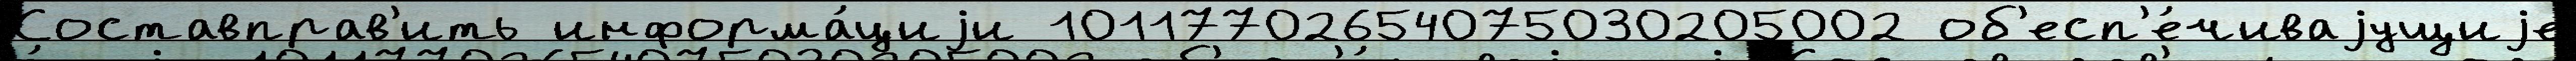
Составправ'ить информа́циjи 10117702654075030205002 об'есп'е́чиваjущиjе